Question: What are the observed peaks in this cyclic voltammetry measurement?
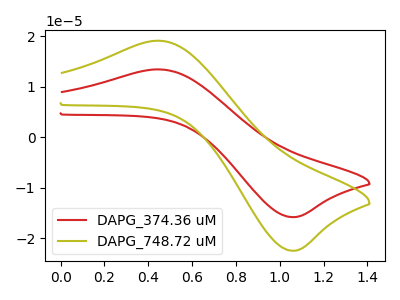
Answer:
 <answer>The red curve "DAPG_374.36 uM" has an anodic peak at (0.45V, 13.45uA) and a cathodic peak at (1.05V, -15.80uA). The olive curve "DAPG_748.72 uM" has an anodic peak at (0.45V, 19.15uA) and a cathodic peak at (1.05V, -22.45uA).</answer>
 <eval></eval>